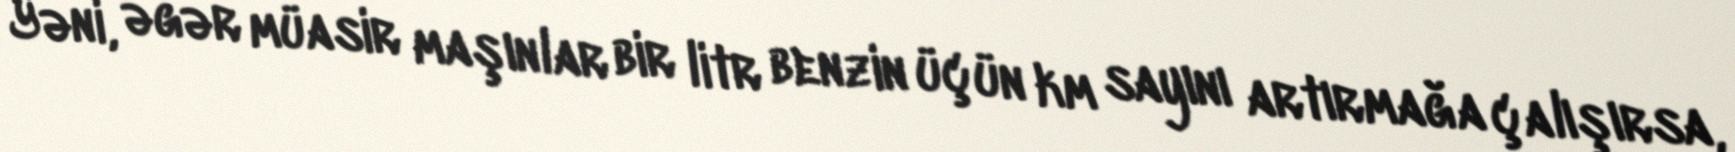
Yəni, əgər müasir maşınlar bir litr benzin üçün km sayını artırmağa çalışırsa,